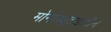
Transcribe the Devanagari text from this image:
मोनोब्यूटाइलीन